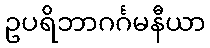
ဥပရိဘာဂင်္ဂမနီယာ